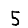
Digit: 5